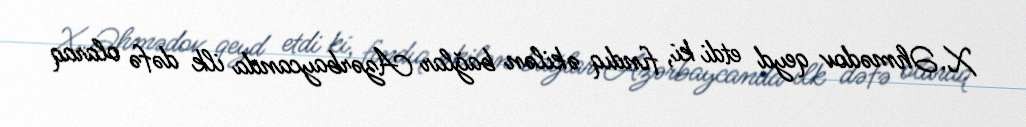
X.Əhmədov qeyd etdi ki, fındıq əkilən bağlar Azərbaycanda ilk dəfə olaraq